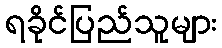
ရခိုင်ပြည်သူများ